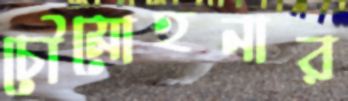
চৌমোহনার